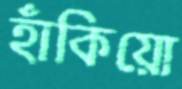
হাঁকিয়ো